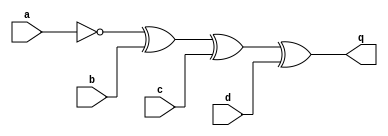
module circuit2 (
  input a,
  input b,
  input c,
  input d,
  output q

);

  assign q = ~a^b^c^d;

endmodule